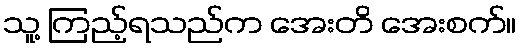
သူ့ ကြည့်ရသည်က အေးတိ အေးစက်။